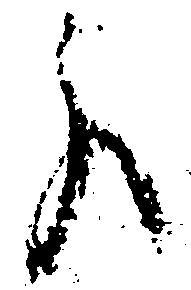
分